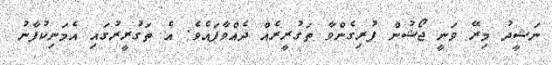
ނަޝީދު މިރޭ ވަނީ ޖޯޝުން ފުރިގެންވާ ތަގުރީރެއް ދެއްވާފައެވެ. އެ ތަގުރީރުގައި އެމަނިކުފާނު